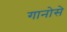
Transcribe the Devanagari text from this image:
गानोसे